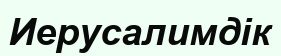
Иерусалимдік